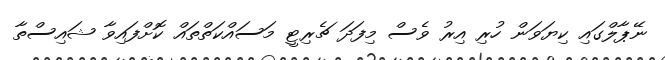
ނޭޕާލްގައި ކިޔަވަން ހުރި އިރު ވެސް މިފަދަ ޗެރިޓީ މަސައްކަތްތައް ކޮށްފައިވާ ޝައިސްތާ